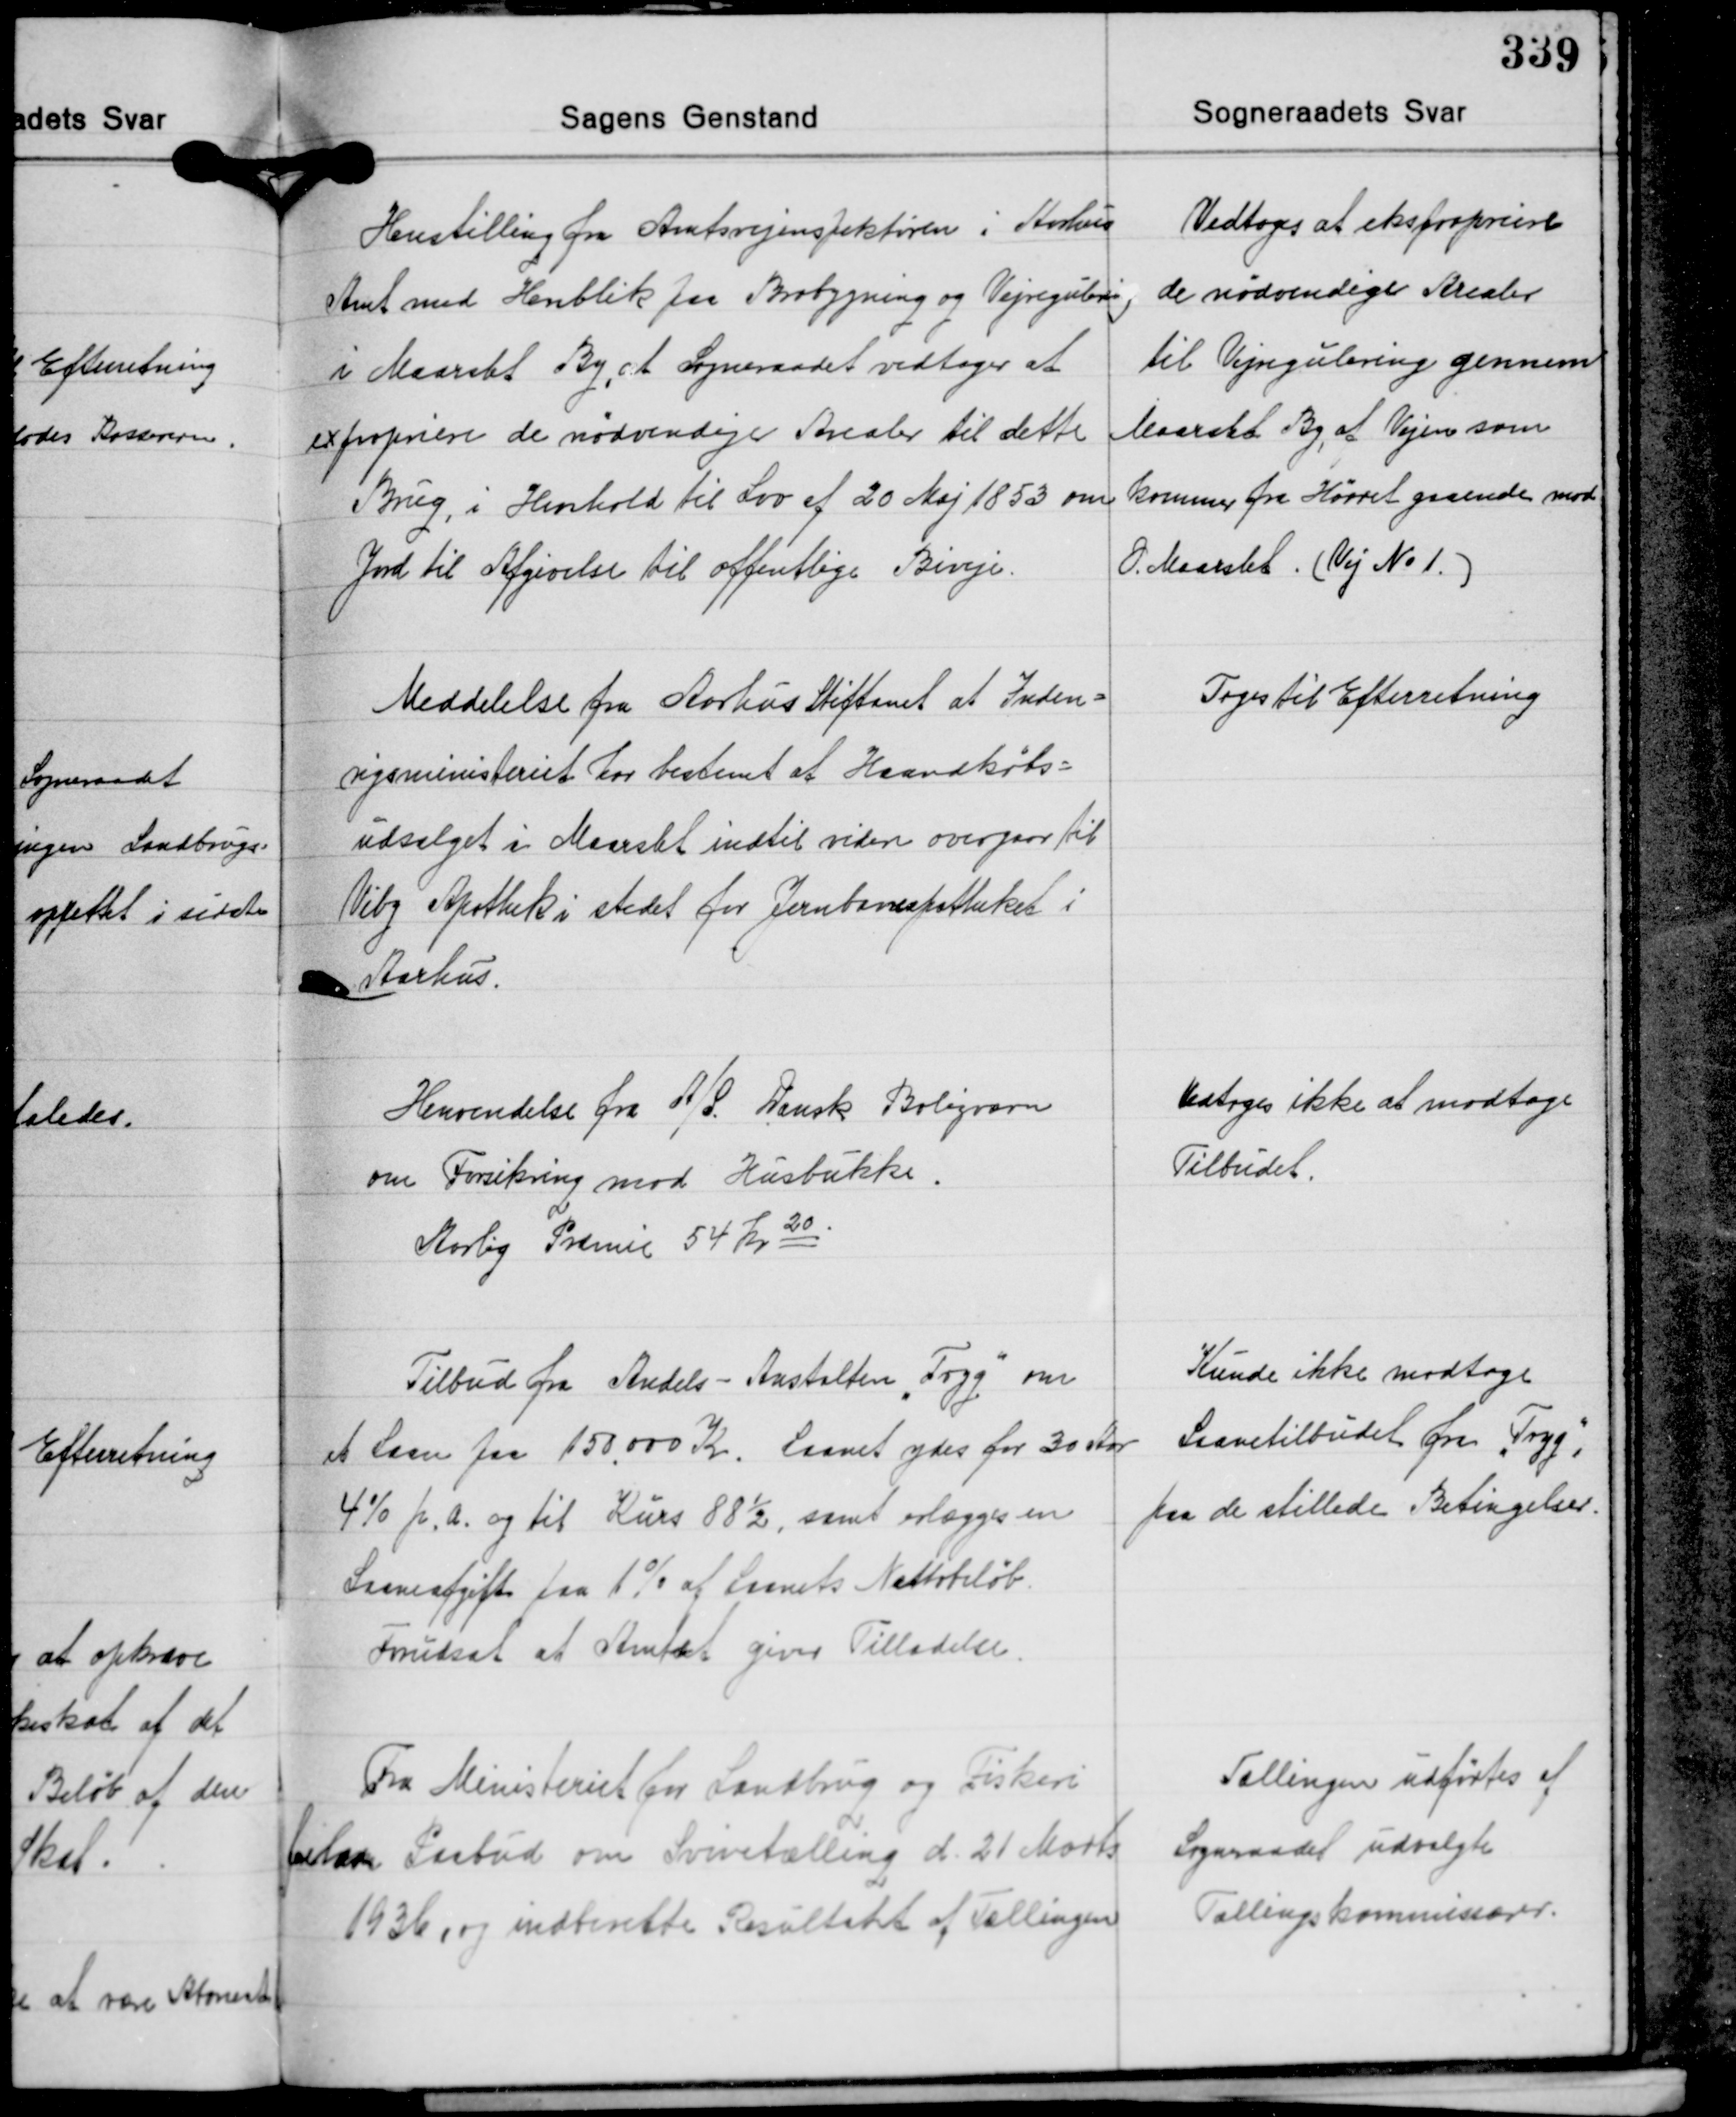
Transskription:
Henstilling fra Amtsvejinspektøren i Aarhus
Amt med Henblik paa Brobygning og Vejregulering
i Maarslet By, at Sogneraadet vedtoges at
expropriere de nødvendige Arealer til dette
Brug, i Henhold til Lov af 20 Maj 1853 om
Jord til Afgivelse til offentlige Biveje.

Vedtoges at ekspropriere
de nødvendige Arealer
til Vejregulering gennem
Maarslet By, af Vejen som
kommer fra Hørret gaaende mod
O. Maarslet. (Vej No 1.)

Meddelelse fra Aarhus Stiftamt at Inden-
rigsministeriet har bestemt at Haandkøbs-
udsalget i Maarslet indtil videre overgaar til
Viby Apothek i stedet for Jernbanapotheket i
Aarhus.

Toges til Efterretning

Henvendelse fra A/S. Dansk Boligværn
om Forsikring mod Husbukke.
Aarlig Præmie 54 Kr. 20

Vedtoges ikke at modtage
Tilbudet.

Tilbud fra Andels-Anstalten "Tryg" om
et Laan paa 150.000 Kr. Laanet ydes for 30 Aar
4% p. a. og til Kurs 88½, samt erlægges en
Laaneafgift paa 1% af Laanets Nettobeløb.
Forudsat at Amtet giver Tilladelse.

Kunde ikke modtage
Laanetilbudet fra "Tryg",
paa de stillede Betingelser.

Fra Ministeriet for Landbrug og Fiskeri
forelaa Paabud om Svinetælling d 21 Marts
1936, og indberette Resultatet af Tællingen

Tællingen udførtes af
Sogneraadet udvalgte
Tællingskommissærer.